Reports on dispensaries and lunatic asylums in the Province of Oudh - 1869-1876
Year: 1869
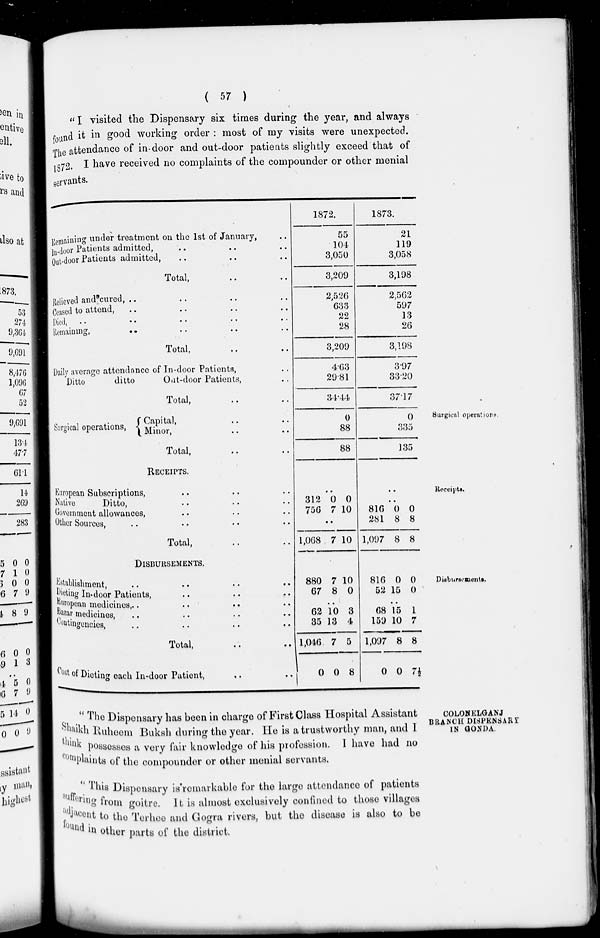
( 57 )
" I visited the Dispensary six times during the year, and always
found it in good working order : most of my visits were unexpected.
The attendance of in-door and out-door patients slightly exceed that of
1872. I have received no complaints of the compounder or other menial
servants.
Surgical operations.
Remaining under treatment on the 1st of January, ..
In-door Patients admitted, .. .. ..
Out-door Patients admitted, .. .. ..
Total, ..
Relieved and cured, .. .. .. ..
Ceased to attend, .. .. .. ..
Died, .. .. .. .. ..
Remaining, .. .. .. ..
Total, .. ..
Daily average attendance of In-door Patients, ..
Ditto
ditto
Oat-door Patients, ..
Total, .. ..
Surgical operations,
Capital, .. ..
Minor, .. ..
Total, .. ..
1872.
55
104
3,050
3,209
2,526
633
22
28
3,209
4.63
29.81
34.44
0
88
88
1873.
21
119
3,058
3,198
2,562
597
13
26
3,198
3.97
33.20
37.17
0
335
135
Receipts.
RECEIPTS.
European Subscriptions, .. .. ..
Native
Ditto, .. .. ..
Government allowances, .. .. ..
Other Sources, .. .. .. ..
Total, .. ..
..
312
756
0
7
0
10
..
1,068 7 10
..
..
816
281
1,097
0
8
8
0
8
8
Disbursements.
DISBURSEMENTS.
Establishment, .. .. ..
Dieting In-door Patients, .. .. ..
European medicines, .. .. .. ..
Bazar medicines, .. .. .. ..
Contingencies , .. .. .. ..
Total,
..
..
Cost of Dieting each In-door Patient, .. ..
880
67
7
8
10
0
..
62
35
1,046
0
10
13
7
0
3
4
5
8
816
52
0
15
0
0
..
68
159
1,097
0
15
10
8
0
1
7
8
7 ½
COLONELGANJ
BRANCH DISPENSARY
IN GONDA.
" The Dispensary has been in charge of First Class Hospital Assistant
Shaikh Ruheem Buksh during the year. He is a trustworthy man , and I
think possesses a very fair knowledge of his profession. I have had no
complaints of the compounder or other menial servants.
'' This Dispensary is remarkable for the large attendance of patients
suffering from goitre. It is almost exclusively confined to those villages
adjacent to the Terhee and Gogra rivers, but the disease is also to be
found in other parts of the district.